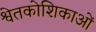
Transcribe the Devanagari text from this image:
श्वेतकोशिकाओं